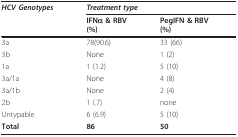
<table><thead><tr><td><b><i>HCV Genotypes</i></b></td><td colspan="2"><b><i>Treatment type</i></b></td></tr><tr><td></td><td><b>IFNα &amp; RBV(%)</b></td><td><b>PegIFN &amp; RBV(%)</b></td></tr></thead><tbody><tr><td>3a</td><td>78(90.6)</td><td>33 (66)</td></tr><tr><td>3b</td><td>None</td><td>1 (2)</td></tr><tr><td>1a</td><td>1 (1.2)</td><td>5 (10)</td></tr><tr><td>3a/1a</td><td>None</td><td>4 (8)</td></tr><tr><td>3a/1b</td><td>None</td><td>2 (4)</td></tr><tr><td>2b</td><td>1 (.7)</td><td>none</td></tr><tr><td>Untypable</td><td>6 (6.9)</td><td>5 (10)</td></tr><tr><td><b>Total</b></td><td><b>86</b></td><td><b>50</b></td></tr></tbody></table>